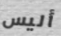
أليس